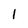
Character: 1